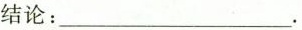
结论：___.